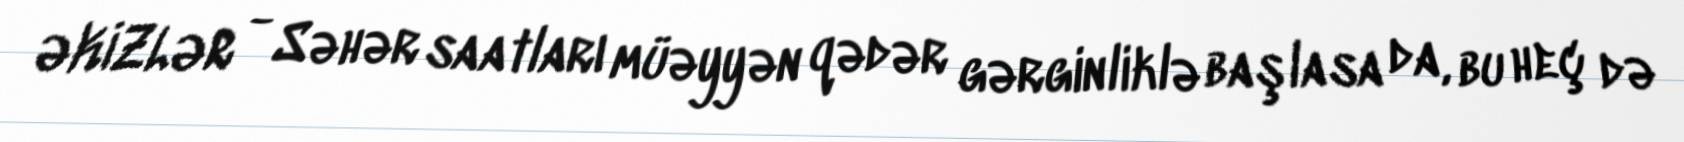
ƏKİZLƏR - Səhər saatları müəyyən qədər gərginliklə başlasa da, bu heç də